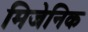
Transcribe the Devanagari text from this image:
मिजेनिक